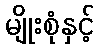
မျိုးစုံနှင့်